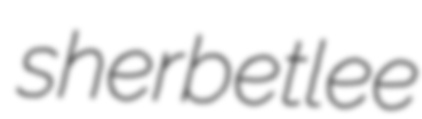
sherbetlee